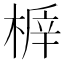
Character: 𣖅